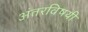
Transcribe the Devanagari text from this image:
अंतरविषयी